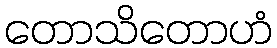
တောသိတောဟံ